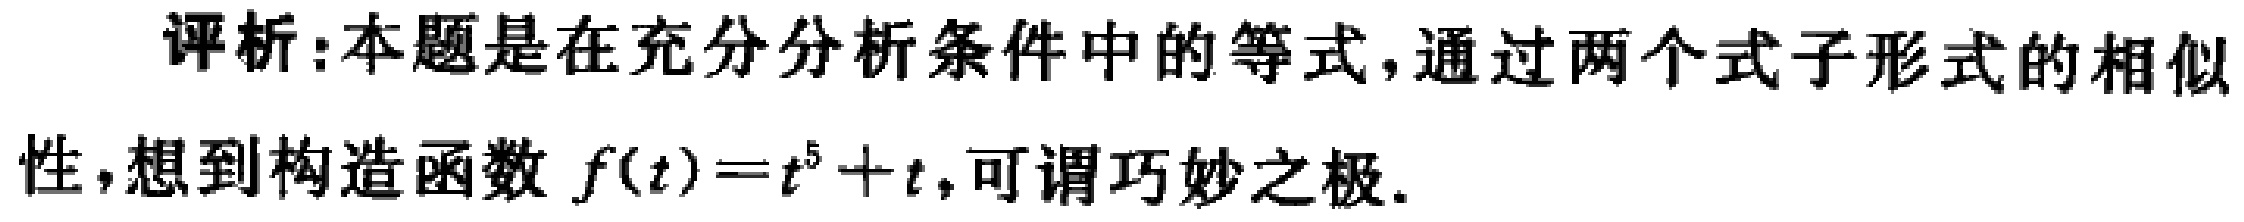
评析:本题是在充分分析条件中的等式,通过两个式子形式的相似性,想到构造函数 \(f(t)=t^{5}+t\),可谓巧妙之极.